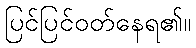
ပြင်ပြင်ဝတ်နေရ၏။